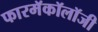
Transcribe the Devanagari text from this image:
फारमॅकॉलॉजी